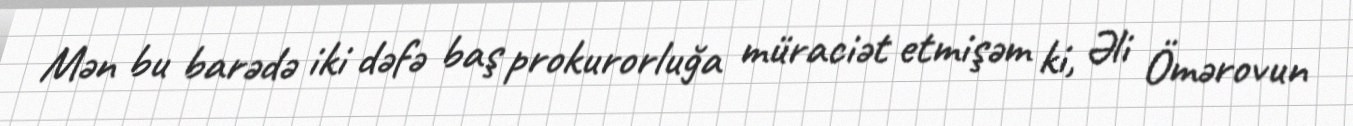
Mən bu barədə iki dəfə baş prokurorluğa müraciət etmişəm ki, Əli Ömərovun